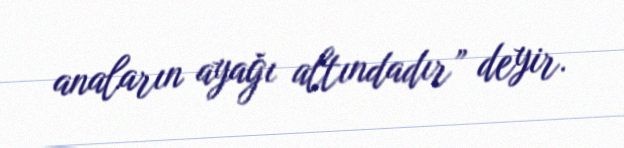
anaların ayağı altındadır” deyir.